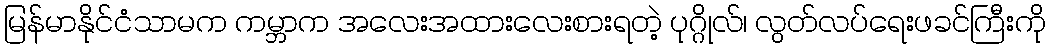
မြန်မာနိုင်ငံသာမက ကမ္ဘာက အလေးအထားလေးစားရတဲ့ ပုဂ္ဂိုလ်၊ လွတ်လပ်ရေးဖခင်ကြီးကို